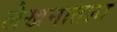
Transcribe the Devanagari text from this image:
लेखनातला